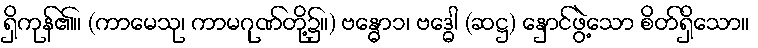
ရှိကုန်၏။ (ကာမေသု၊ ကာမဂုဏ်တို့၌။) ဗန္ဓော၁၊ ဗဒ္ဓေါ (ဆဋ္ဌ) နှောင်ဖွဲ့သော စိတ်ရှိသော။